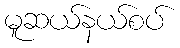
မူဆယ်နယ်စပ်